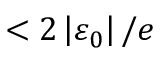
< 2 \left\vert \varepsilon _ { 0 } \right\vert / e